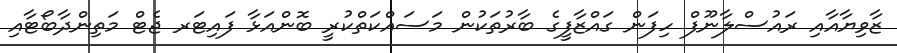
ޒާވިޔާއާއި ރައުސްލާނޫފް ހިފަން ގައްޒާފީގެ ބާރުތަކުން މަސައްކަތްކުރީ ބޮންއަޅާ ފައިޓަރ ޖެޓް މަތިންދާބޯޓާއި